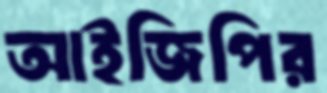
আইজিপির